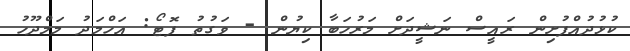
ކުޅުދުއްފުށިން ރައީސް ނަޝީދަށް މަރުހަބާ ކިޔުން - ވަގުތު ފޮޓޯ: އަހްމަދު މަމްދޫހު